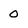
Character: 0